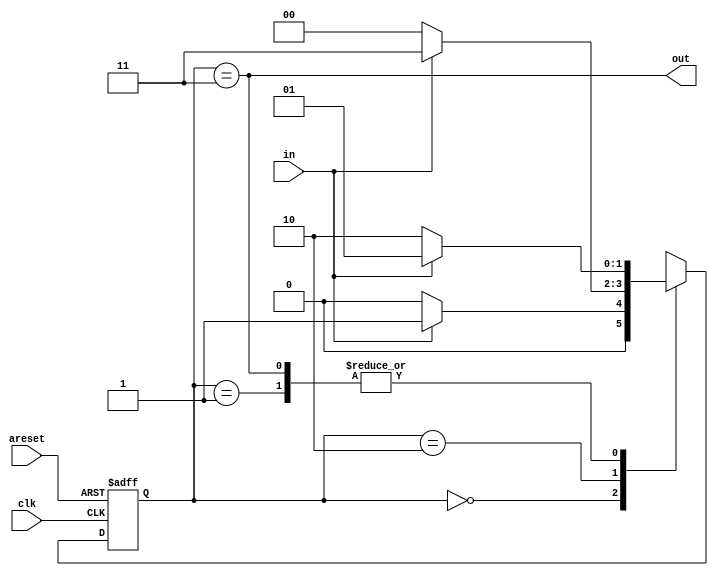
module top_module(
    input clk,
    input in,
    input areset,
    output out); //
	
    parameter A=0, B=1, C=2, D=3;
    reg [1:0] state, next;
    // State transition logic
    always @(*) begin
        case (state)
            A: next = in?B:A;
            B: next = in?B:C;
            C: next = in?D:A;
            D: next = in?B:C;
        endcase
    end

    // State flip-flops with asynchronous reset
    always @(posedge clk, posedge areset) begin
        if (areset)
            state <= A;
        else
            state <= next;
    end
    // Output logic
    assign out = (state==D);

endmodule